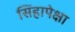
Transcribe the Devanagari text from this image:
सिंहापेक्षा